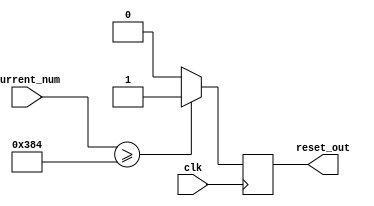
`timescale 1ns/1ps

module comparator(
    input [15:0] current_num,
    input clk,
    output reg reset_out
);
    always @(posedge clk) begin
        reset_out <= (current_num >= 900) ? 1 : 0;
    end
endmodule